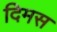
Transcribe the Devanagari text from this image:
दिमस